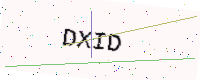
Text: DXID